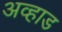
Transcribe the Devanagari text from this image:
अव्हाड